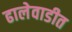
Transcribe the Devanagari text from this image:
ढालेवाडीत